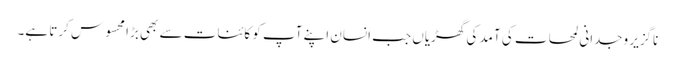
ناگزیر وجدانی لمحات کی آمد کی گھڑیاں جب انسان اپنے آپ کو کائنات سے بھی بڑا محسوس کرتا ہے۔